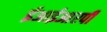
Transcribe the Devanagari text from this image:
ईआईआरपी